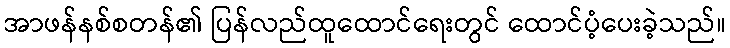
အာဖန်နစ်စတန်၏ ပြန်လည်ထူထောင်ရေးတွင် ထောင်ပံ့ပေးခဲ့သည်။